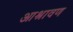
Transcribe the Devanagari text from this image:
आश्रावण